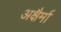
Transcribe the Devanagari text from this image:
अक्षैर्मा